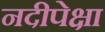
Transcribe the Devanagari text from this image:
नदीपेक्षा